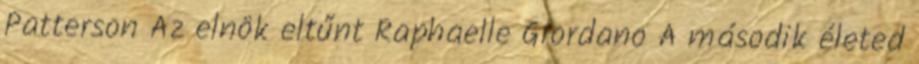
Patterson Az elnök eltűnt Raphaelle Giordano A második életed